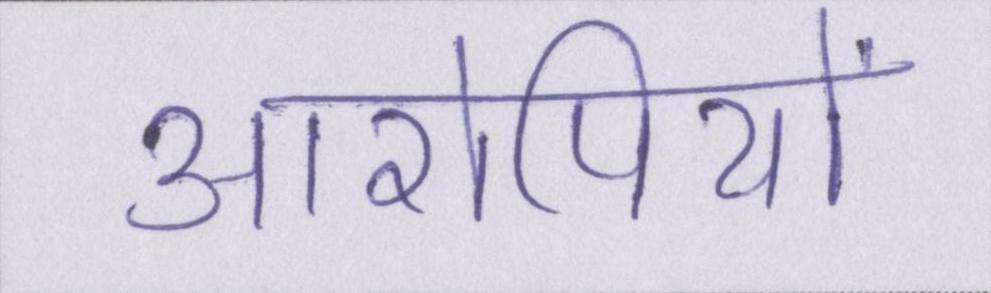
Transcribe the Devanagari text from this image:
आरोपियों